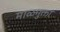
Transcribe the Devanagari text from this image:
माळमुक्ता